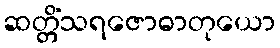
ဆတ္တိံသရဇောဓာတုယော